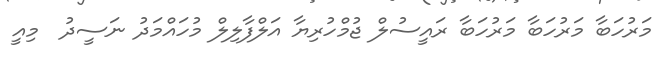
މަރުހަބާ މަރުހަބާ މަރުހަބާ ރައީސުލް ޖުމްހުރިޔާ އަލްފާލިލް މުހައްމަދު ނަސީދު  މިއީ